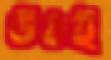
উঠই